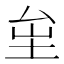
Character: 𡊏